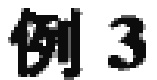
例3